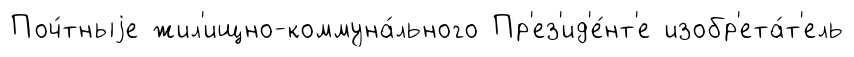
Поч́тныjе жил'ищно-коммуна́льного Пр'ез'ид'е́нт'е изобр'ета́т'ель